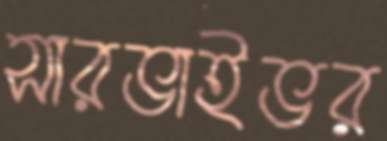
সারভাইভর